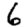
Digit: 6